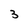
Character: 3